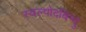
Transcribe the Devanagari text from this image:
स्वल्पोदबिन्दुं